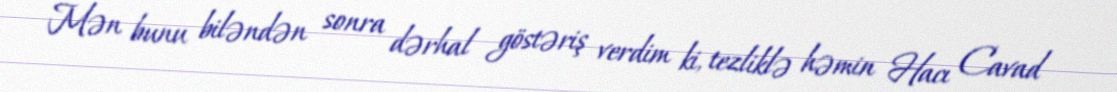
Mən bunu biləndən sonra dərhal göstəriş verdim ki, tezliklə həmin Hacı Cavad